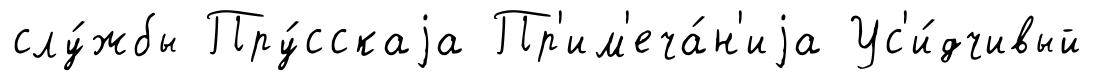
слу́жбы Пру́сскаjа Пр'им'еча́н'иjа Ус'и́дчивый